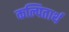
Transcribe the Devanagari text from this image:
कल्पितार्थ